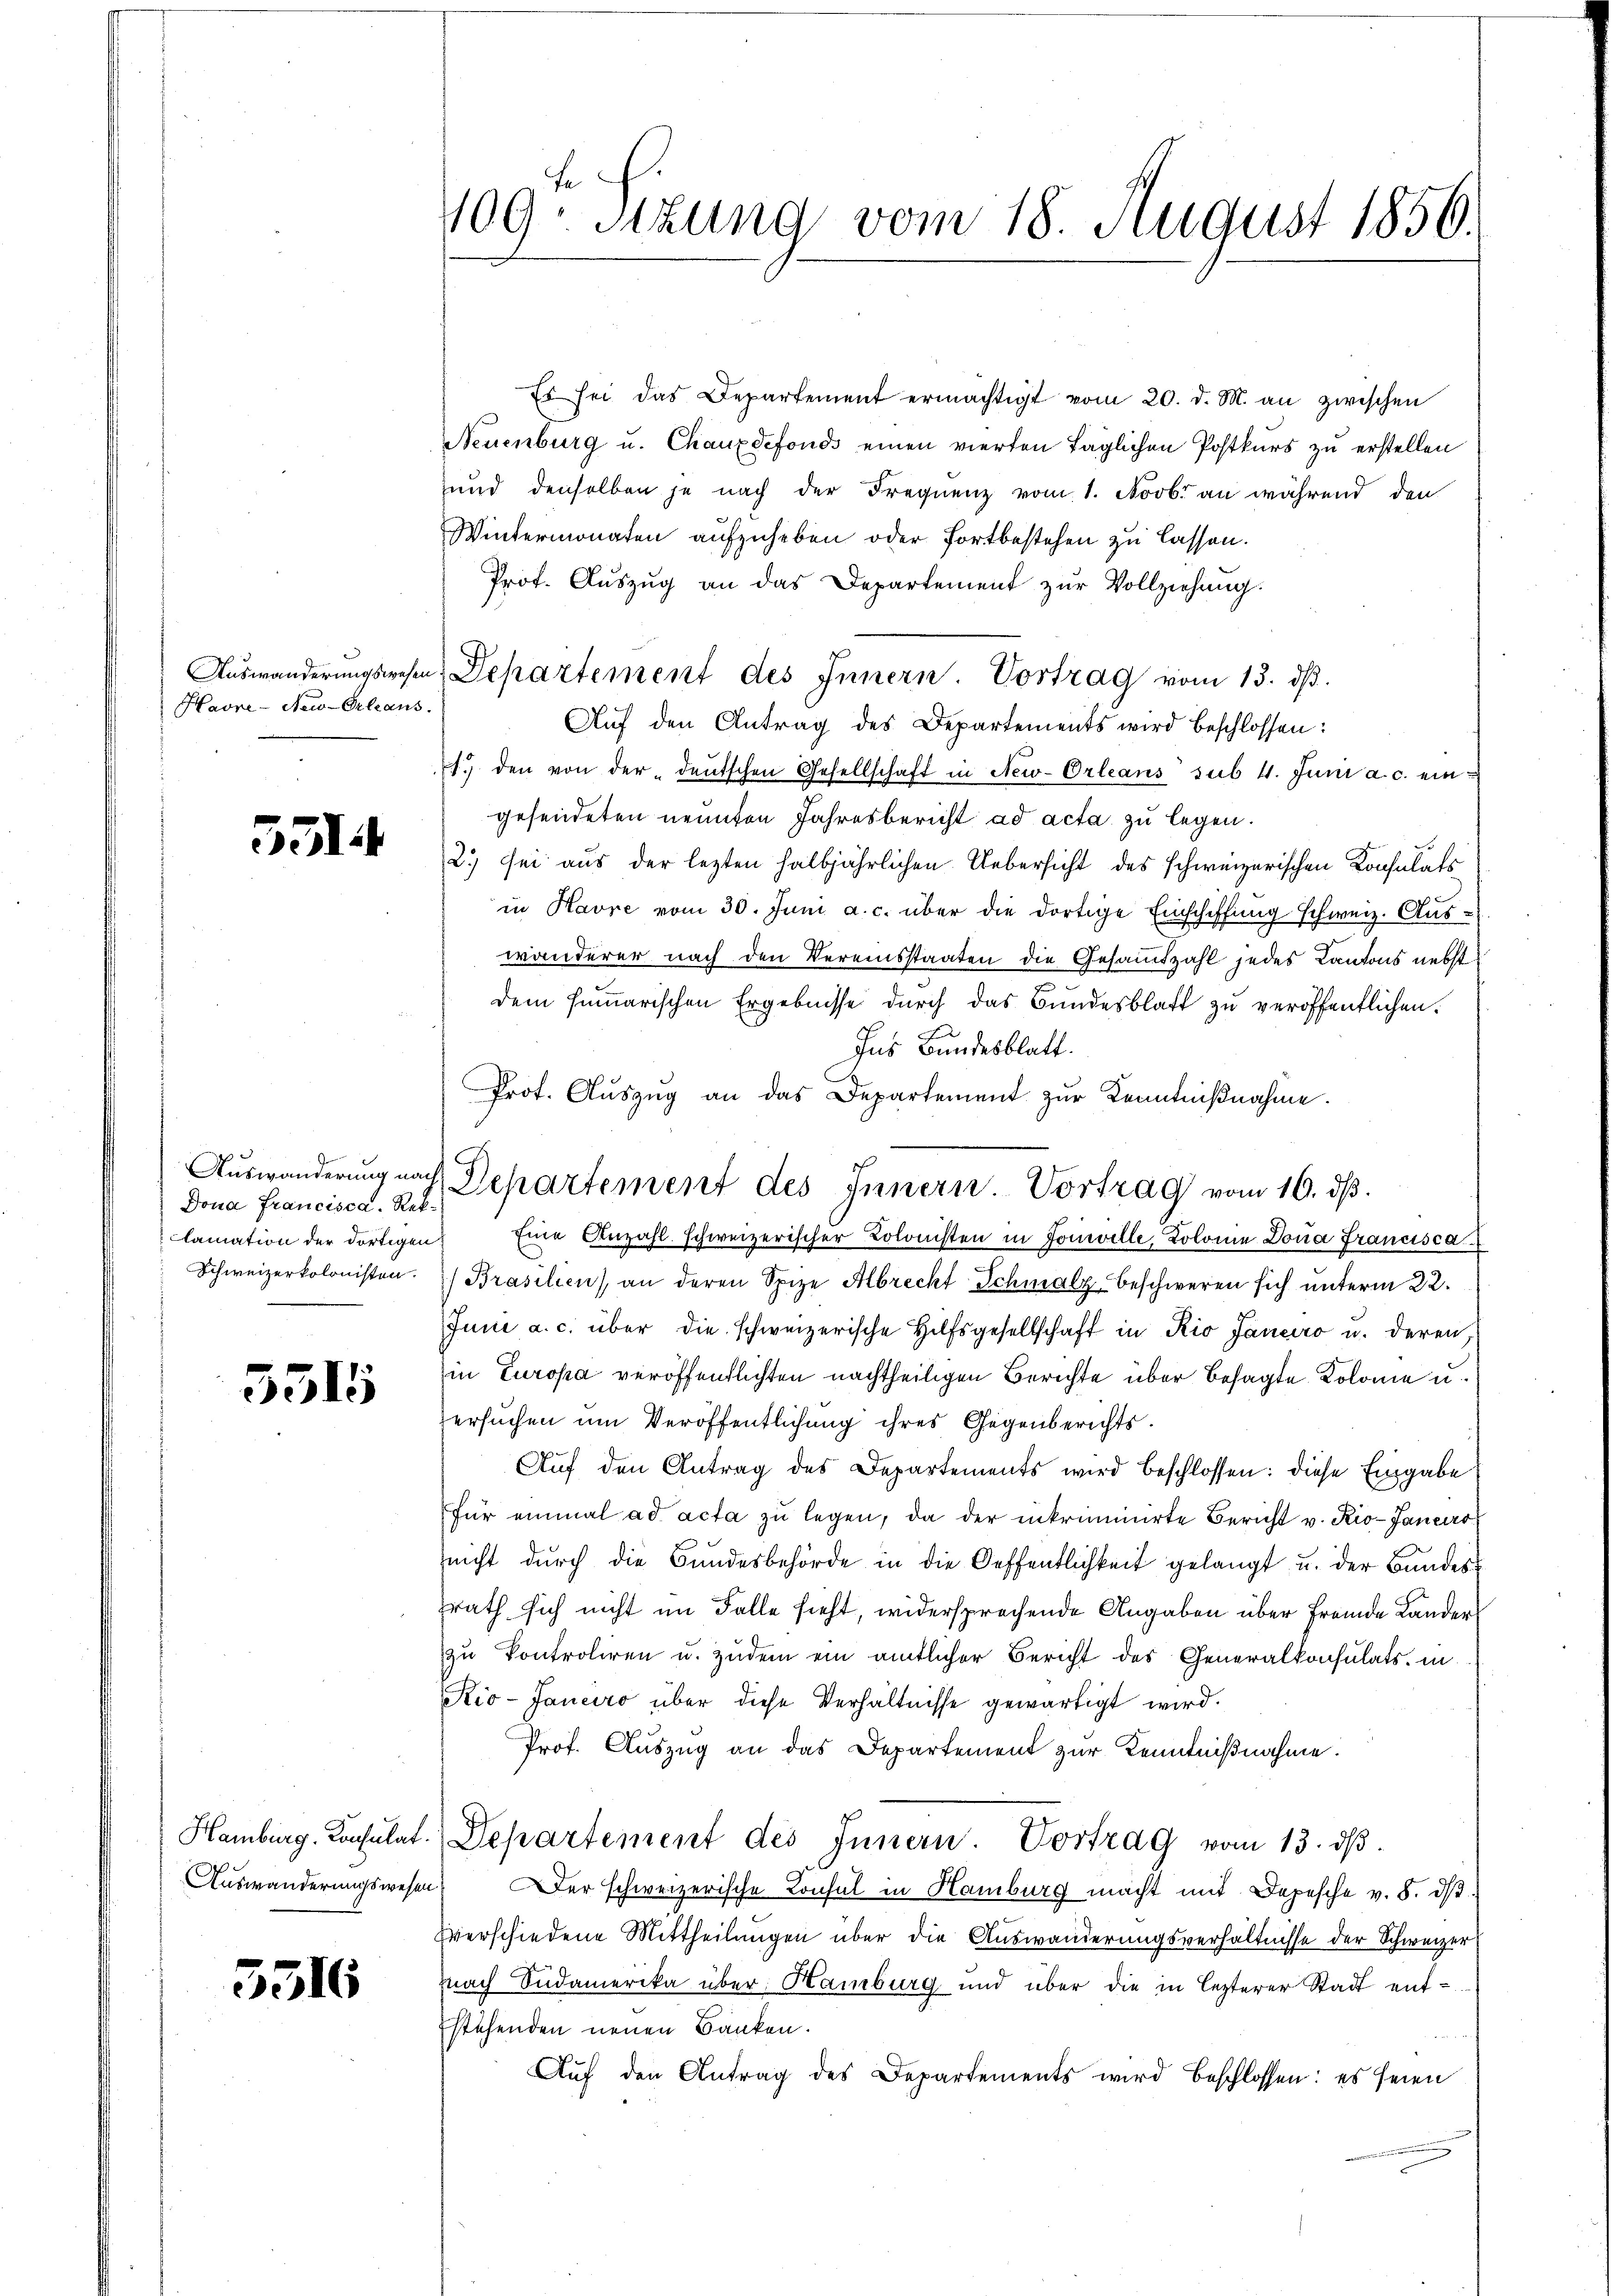
Havre-Neu-Orleans

5314

Dona Francisca. Rek¬

5515

5510

409. Sitzung vom 18. August 1856.

Es sei das Departement ermächtigt vom 20. d. M. an zwischen
Neuenburg u. Chauxdefonds einen vierten täglichen Postkurs zu erstellen
und denselben je nach der Frequenz vom 1. Novbr an während den
Wintermonaten aufzuheben oder Fortbestehen zu lassen.
Prot. Auszug an das Departement zur Vollziehung.
Auswanderungswesen Departement des Innern. Vortrag vom 13. dβ.
Aŭf den Antrag des Departements wird beschlossen:
1. den von der deutschen Gesellschaft in New-Orleans sub. 4. Juni a. c. ein
gesendeten neunten Jahresbericht ad acta zu legen.
2.) sei aus der letzten halbjährlichen Uebersicht des schweizerischen Konsulats
in Havre vom 30. Juni a. c. über die dortige Einschiffung schweiz. Aus-
wänderer nach den Vereinsstaaten die Gesammtzahl jedes Kantons nebst
dem summarischen Ergebnisse durch das Bundesblatt zu veröffentlichen.
Ins Bundesblatt.
Prof. Aŭszŭg an das Departement zur Kenntnißnahme.
clamation der dortigen Eine Anzahl schweizerischer Kolonisten in Jonelle, Kolonie Dona Francisca
Schweizerkolonisten. Brasilien), an deren Spize Albrecht Schmalz beschweren sich unterm 22.
Juni a. c. über die schweizerische Hilfsgesellschaft in Rio Janeiro u. deren
in Europa veröffentlichten nachtheiligen Berichte über besagte Kolonie u.
ersuchen um Veröffentlichung ihres Gegenberichts.
Auf den Antrag des Departements wird beschlossen: diese Eingabe
für einmal ad acta zŭ legen, da der inkriminirte Bericht v. Rio-Janeiro
nicht durch die Bundesbehörde in die Oeffentlichkeit gelangt, u. der Bundes
srath sich nicht im Falle sieht, widersprechende Angaben über fremde Lander
zu kontroliren u. zudem ein amtlicher Bericht des Generalkonsulats, in
Rio-Janeiro über diese Verhältnisse gewärtigt wird.
Prof. Auszug an das Departement zur Kenntnißnahme.
Hamburg. Consulat. Departement des Innern. Vortrag vom 13. dβ.
Auswanderungswesen. Der schweizerische Consul in Hamburg macht mit Depesche v. 5. dβ
hverschiedene Mittheilungen über die Auswanderungsverhältnisse der Schweizer
nach Südamerika über: Hamburg und über die in lezterer Stadt ent¬
Estehenden neuen Banken.
Auf den Antrag des Departements wird beschlossen: es seien

Auswanderung nach Departement des Innern. Vortrag vom 16. dβ.